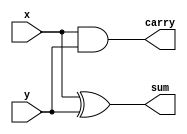
//-----------------------------------------------------
// Design Name : half_adder_gates
// Function    : CCITT Serial CRC
// Coder       : Deepak Kumar Tala
//-----------------------------------------------------
module half_adder_gates(x,y,sum,carry);
input x,y;
output sum,carry;

and U_carry (carry,x,y);
xor U_sum (sum,x,y);

endmodule